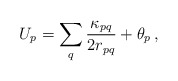
\begin{align*}U_p = \sum_q \frac{\kappa_{pq}}{2 r_{pq}} + \theta_p \, ,\end{align*}